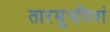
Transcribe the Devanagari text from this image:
तारमुपदिशं